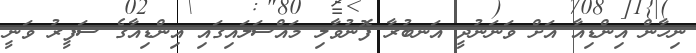
ނިހާން އިންޑިއާ އަށް ވަނަނުދީ އަނބުރާ ފޮނުވާލި މައްސަލައިގައި އިންޑިއާގެ ސަފީރު ވަނީ